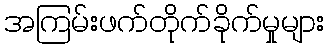
အကြမ်းဖက်တိုက်ခိုက်မှုများ